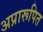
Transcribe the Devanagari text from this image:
अप्रारूपित